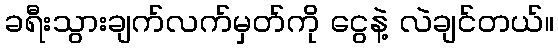
ခရီးသွားချက်လက်မှတ်ကို ငွေနဲ့ လဲချင်တယ်။